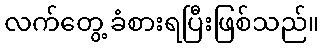
လက်တွေ့ ခံစားရပြီးဖြစ်သည်။